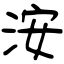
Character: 洝